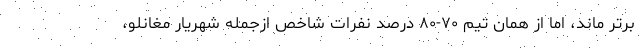
برتر ماند، اما از همان تیم ۷۰-۸۰ درصد نفرات شاخص ازجمله شهریار مغانلو،